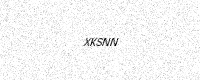
Text: XKSNN